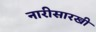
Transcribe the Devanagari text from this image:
नारीसारखी